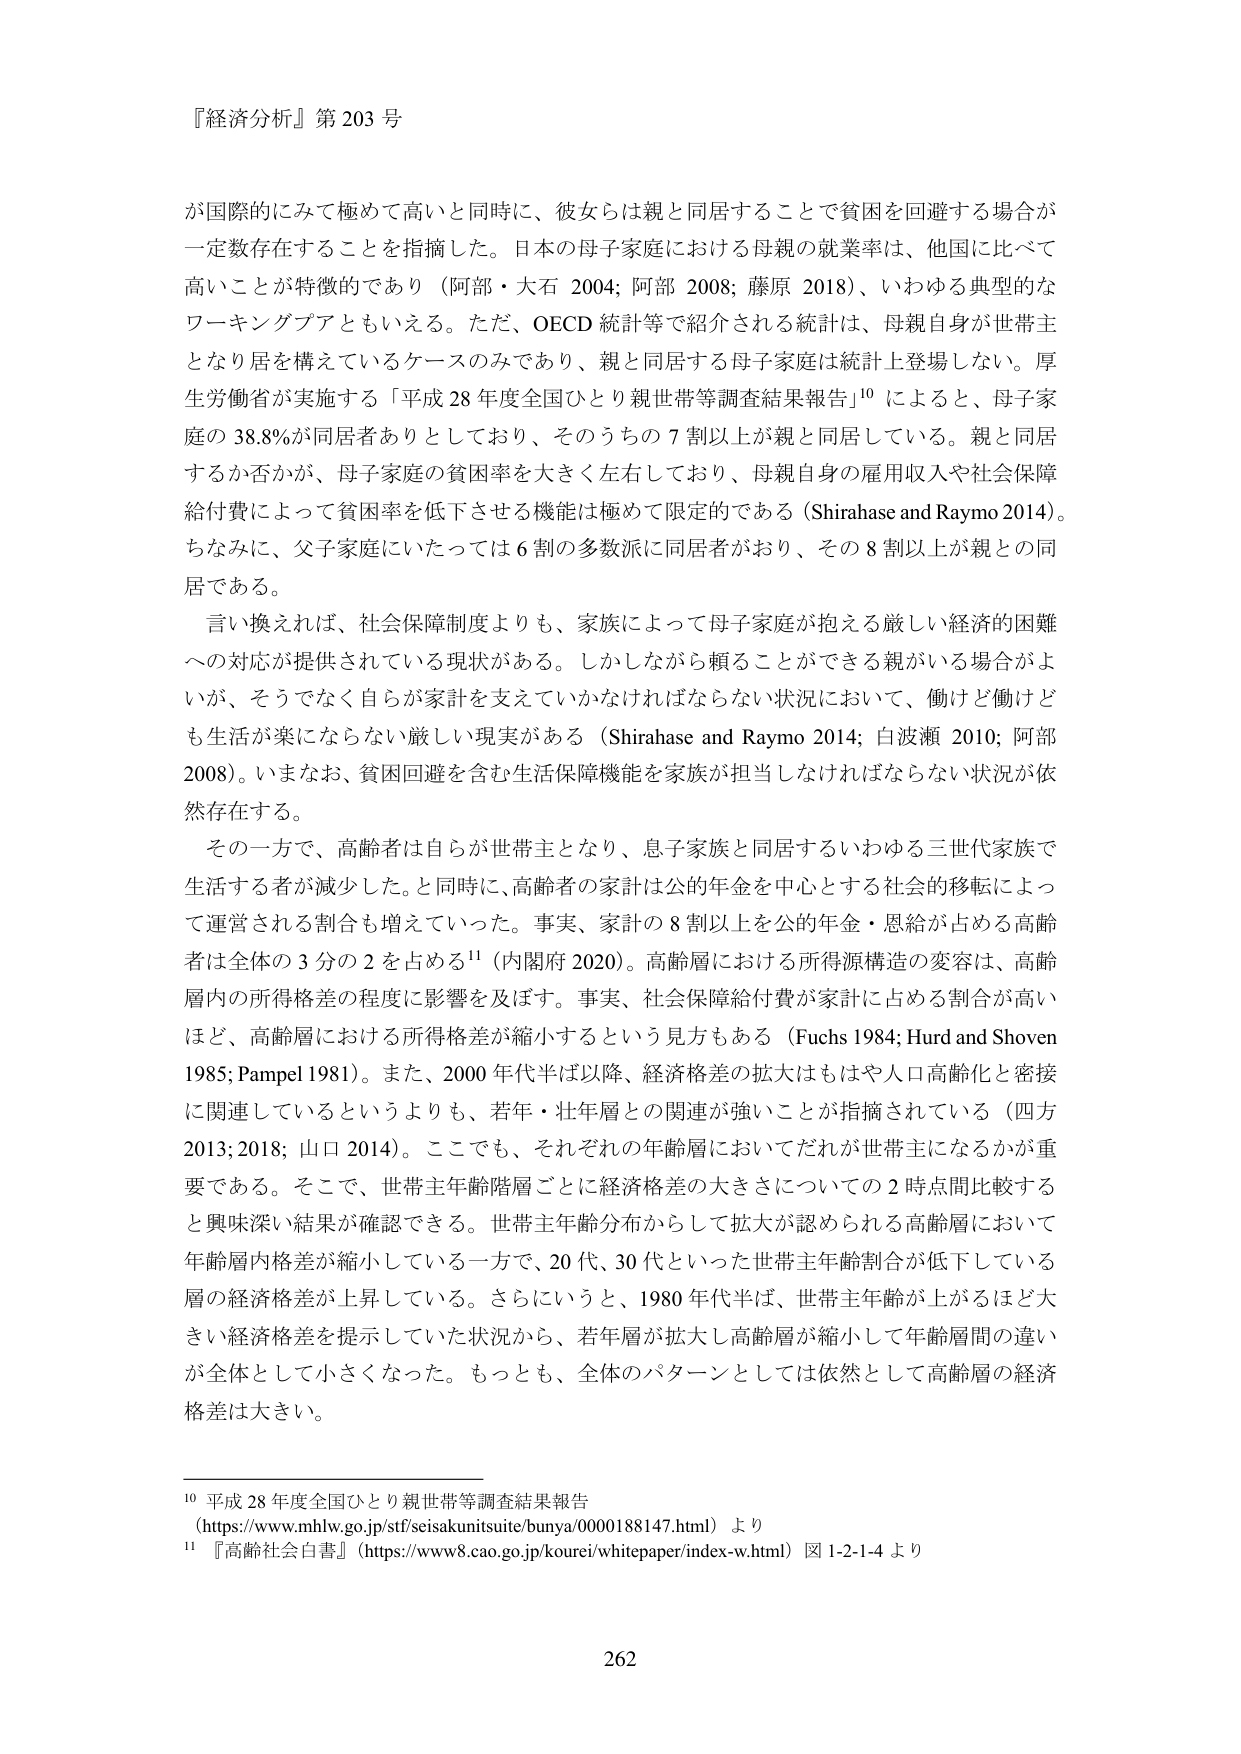
『経済分析』第 203 号

が国際的にみて極めて高いと同時に、彼女らは親と同居することで貧困を回避する場合が一定数存在することを指摘した。日本の母子家庭における母親の就業率は、他国に比べて高いことが特徴的であり（阿部・大石 2004; 阿部 2008; 藤原 2018）、いわゆる典型的なワーキングプアともいえる。ただ、OECD 統計等で紹介される統計は、母親自身が世帯主となり居を構えているケースのみであり、親と同居する母子家庭は統計上登場しない。厚生労働省が実施する「平成 28 年度全国ひとり親世帯等調査結果報告」¹⁰ によると、母子家庭の 38.8%が同居者ありとしており、そのうちの 7 割以上が親と同居している。親と同居するか否かが、母子家庭の貧困率を大きく左右しており、母親自身の雇用収入や社会保障給付費によって貧困率を低下させる機能は極めて限定的である（Shirahase and Raymo 2014）。ちなみに、父子家庭にいたっては 6 割の多数派に同居者がおり、その 8 割以上が親との同居である。

言い換えれば、社会保障制度よりも、家族によって母子家庭が抱える厳しい経済的困難への対応が提供されている現状がある。しかしながら頼ることができる親がいる場合がよいが、そうでなく自らが家計を支えていかなければならない状況において、働けど働けども生活が楽にならない厳しい現実がある（Shirahase and Raymo 2014; 白波瀬 2010; 阿部 2008）。いまなお、貧困回避を含む生活保障機能を家族が担当しなければならない状況が依然存在する。

その一方で、高齢者は自らが世帯主となり、息子家族と同居するいわゆる三世代家族で生活する者が減少した。と同時に、高齢者の家計は公的年金を中心とする社会的移転によって運営される割合も増えていった。事実、家計の 8 割以上を公的年金・恩給が占める高齢者は全体の 3 分の 2 を占める¹¹（内閣府 2020）。高齢層における所得源構造の変容は、高齢層内の所得格差の程度に影響を及ぼす。事実、社会保障給付費が家計に占める割合が高いほど、高齢層における所得格差が縮小するという見方もある（Fuchs 1984; Hurd and Shoven 1985; Pampel 1981）。また、2000 年代半ば以降、経済格差の拡大はもはや人口高齢化と密接に関連しているというよりも、若年・壮年層との関連が強いことが指摘されている（四方 2013; 2018; 山口 2014）。ここでも、それぞれの年齢層においてだれが世帯主になるかが重要である。そこで、世帯主年齢階層ごとに経済格差の大きさについての 2 時点間比較すると興味深い結果が確認できる。世帯主年齢分布からして拡大が認められる高齢層において年齢層内格差が縮小している一方で、20 代、30 代といった世帯主年齢割合が低下している層の経済格差が上昇している。さらにいうと、1980 年代半ば、世帯主年齢が上がるほど大きい経済格差を提示していた状況から、若年層が拡大し高齢層が縮小して年齢層間の違いが全体として小さくなった。もっとも、全体のパターンとしては依然として高齢層の経済格差は大きい。

¹⁰ 平成 28 年度全国ひとり親世帯等調査結果報告
（https://www.mhlw.go.jp/stf/seisakunitsuite/bunya/0000188147.html）より

¹¹ 『高齢社会白書』（https://www8.cao.go.jp/koure/whitepaper/index-w.html）図 1-2-1-4 より

262